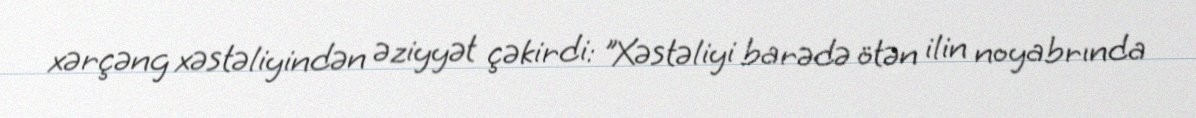
xərçəng xəstəliyindən əziyyət çəkirdi: "Xəstəliyi barədə ötən ilin noyabrında